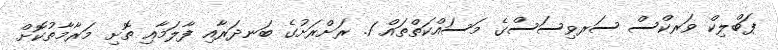
ޕަބްލިކް ވަރކްސް ސަރވިސަސްގެ މަސައްކަތްތައް 1. ރަށްރަށުގެ ބަނދަރާއި ފާލަމާއި ތޮށި މަރާމާތުކޮށް